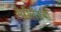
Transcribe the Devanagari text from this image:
मेरीलँडचा